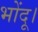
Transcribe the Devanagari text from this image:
भोंदू।